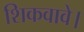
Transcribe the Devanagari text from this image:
शिकवावे।